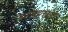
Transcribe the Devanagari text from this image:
बलगाह